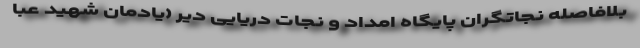
بلافاصله نجاتگران پایگاه امداد و نجات دریایی دیر (یادمان شهید عبا